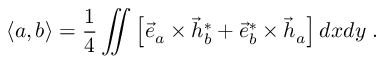
\left< a , b \right> = \frac 1 4 \iint \left[ \vec { e } _ { a } \times \vec { h } _ { b } ^ { * } + \vec { e } _ { b } ^ { * } \times \vec { h } _ { a } \right] d x d y \; .